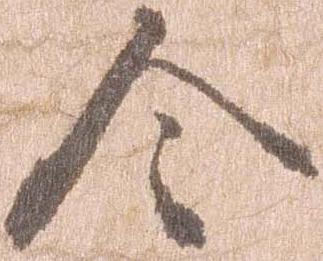
令